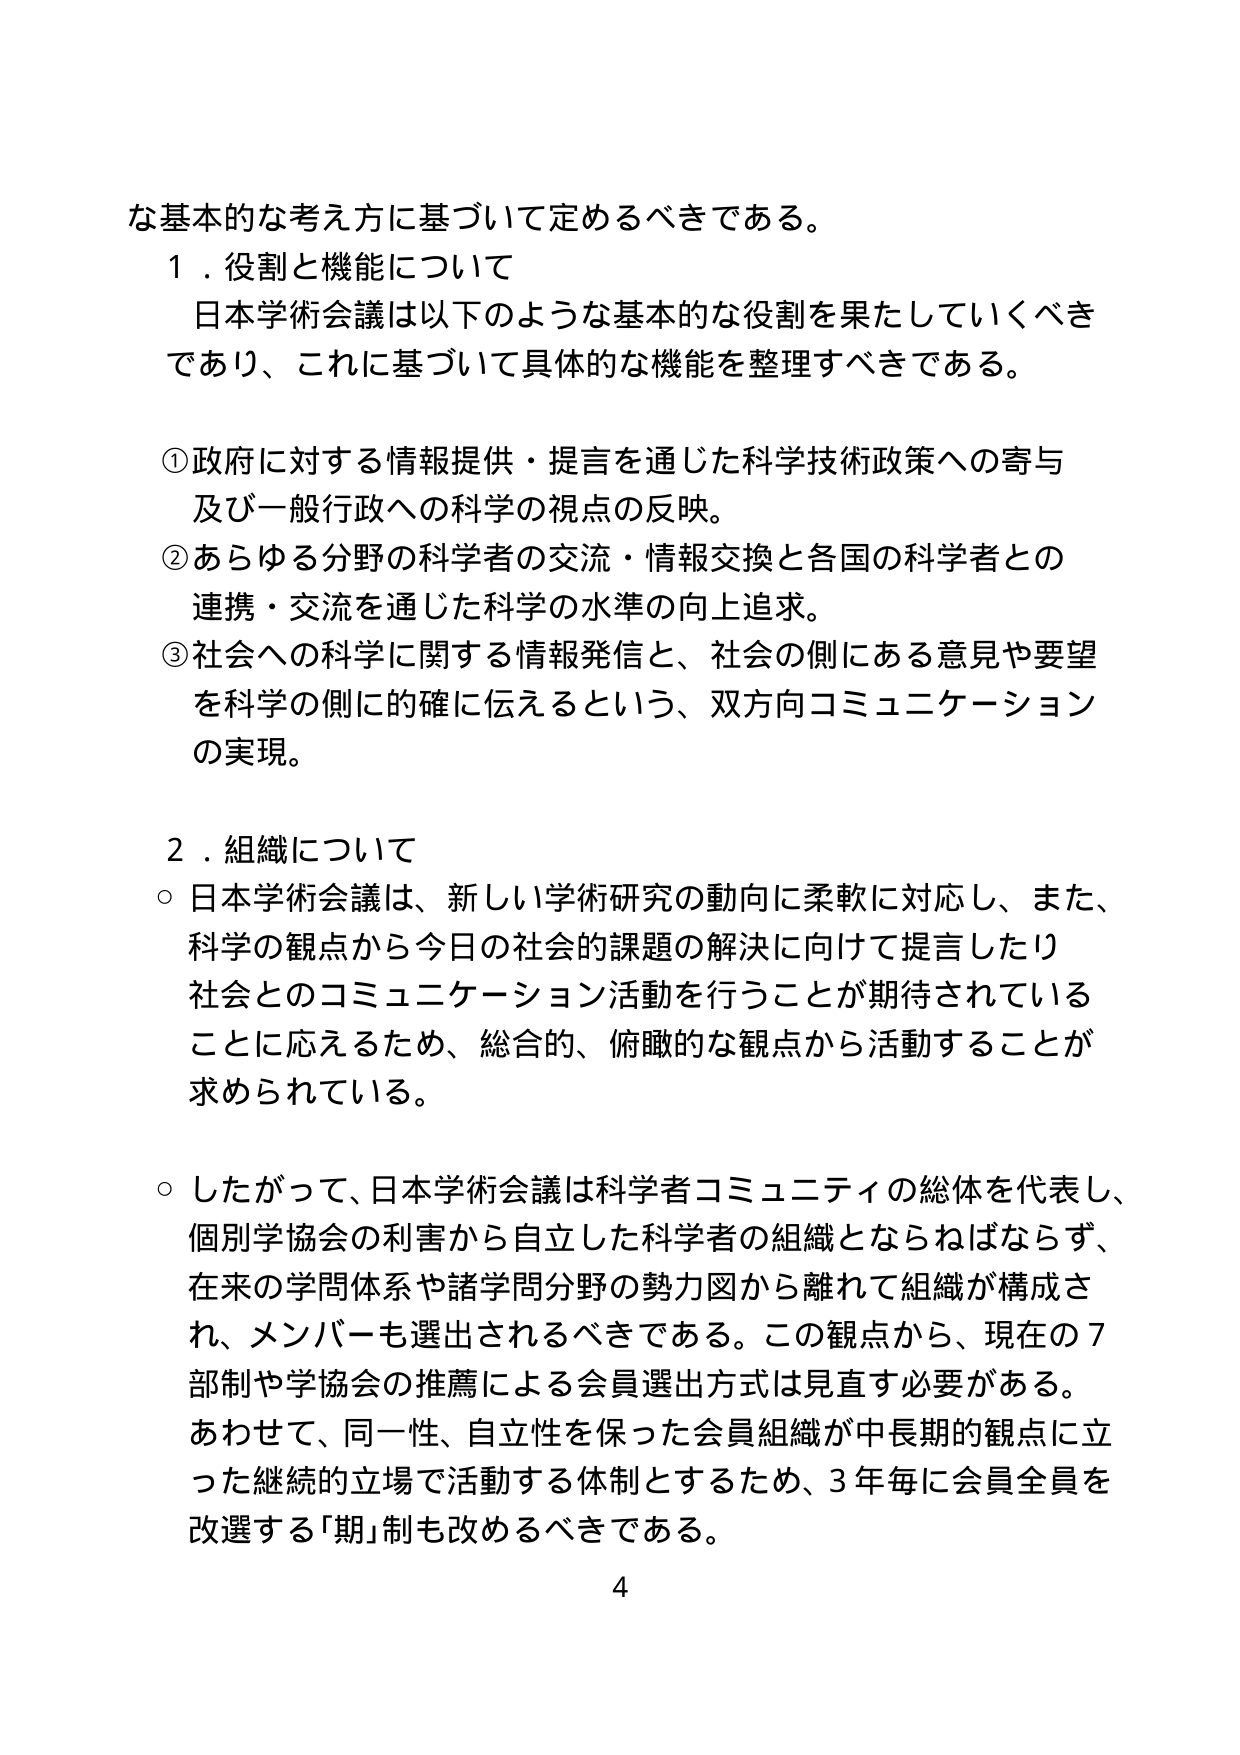
な基本的な考え方に基づいて定めるべきである。

１．役割と機能について
日本学術会議は以下のような基本的な役割を果たしていくべきであり、これに基づいて具体的な機能を整理すべきである。

①政府に対する情報提供・提言を通じた科学技術政策への寄与及び一般行政への科学の視点の反映。
②あらゆる分野の科学者の交流・情報交換と各国の科学者との連携・交流を通じた科学の水準の向上追求。
③社会への科学に関する情報発信と、社会の側にある意見や要望を科学の側に的確に伝えるという、双方向コミュニケーションの実現。

２．組織について
○日本学術会議は、新しい学術研究の動向に柔軟に対応し、また、科学の観点から今日の社会的課題の解決に向けて提言したり社会とのコミュニケーション活動を行うことが期待されていることに応えるため、総合的、俯瞰的な観点から活動することが求められている。

○したがって、日本学術会議は科学者コミュニティの総体を代表し、個別学協会の利害から自立した科学者の組織とならねばならず、在来の学問体系や諸学問分野の勢力図から離れて組織が構成され、メンバーも選出されるべきである。この観点から、現在の７部制や学協会の推薦による会員選出方式は見直す必要がある。あわせて、同一性、自立性を保った会員組織が中長期的観点に立った継続的立場で活動する体制とするため、３年毎に会員全員を改選する「期」制も改めるべきである。

4